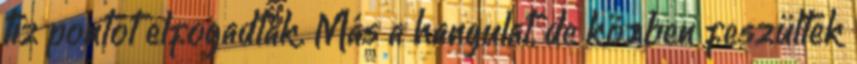
tíz pontot elfogadták. Más a hangulat, de közben feszültek